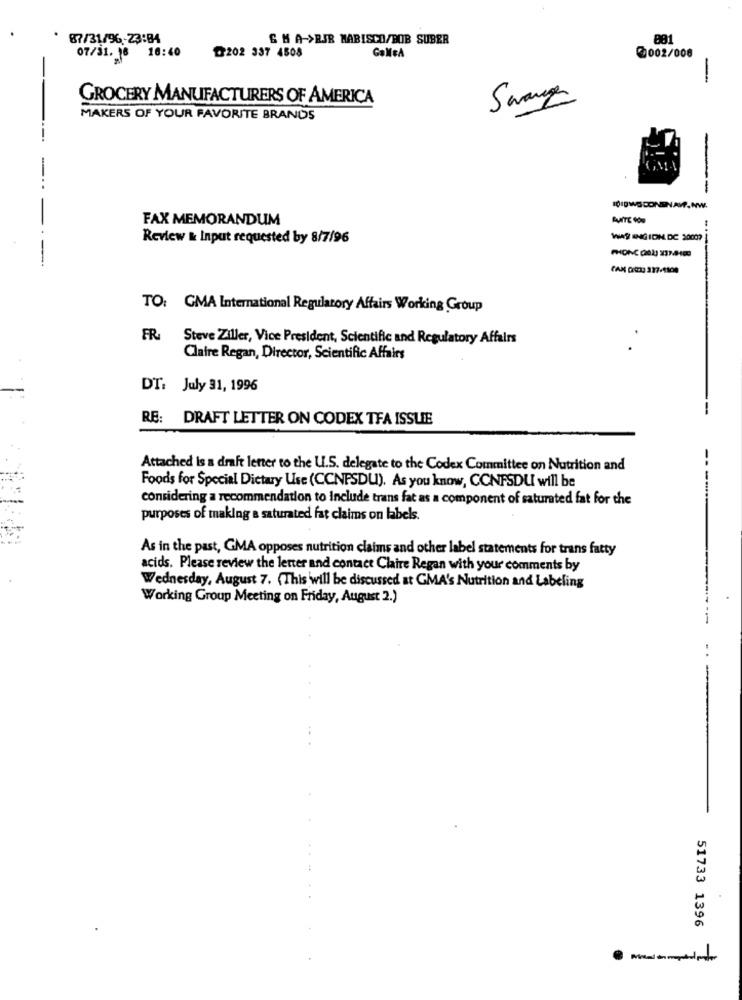
87/31/96-23:84
G H A->RJR NABISCO/BOB SUBER
88.1
07/31. 16 16:40
₾202 337 4508
9002/008
-
GROCERY MANUFACTURERS OF AMERICA
MAKERS OF YOUR FAVORITE BRANDS
-
..
--
1010WS CONENAWP.NW.
FAX MEMORANDUM
Review & Input requested by 8/7/96
WAS INGIDIN DC 3000?
TO: GMA International Regulatory Affairs Working Group
FR
Steve Ziller, Vice President, Scientific and Regulatory Affairs
.
.
Claire Regan, Director, Scientific Affairs
DT: July 31, 1996
RE:
DRAFT LETTER ON CODEX TFA ISSUE
Attached is a draft letter to the U.S. delegate to the Codex Committee on Nutrition and
Foods for Special Dietary Use (CCNPSDU). As you know, CCNFSDU will be
considering a recommendation to Include trans fat as a component of saturated fat for the
purposes of making a saturated fat claims on labels.
As in the past, GMA opposes nutrition claims and other label statements for trans fatty
acids. Please review the letter and contact Claire Regan with your comments by
Wednesday, August 7. (This will be discussed at GMA's Nutrition and Labeling
Working Group Meeting on Friday, August 2.)
51733 1396